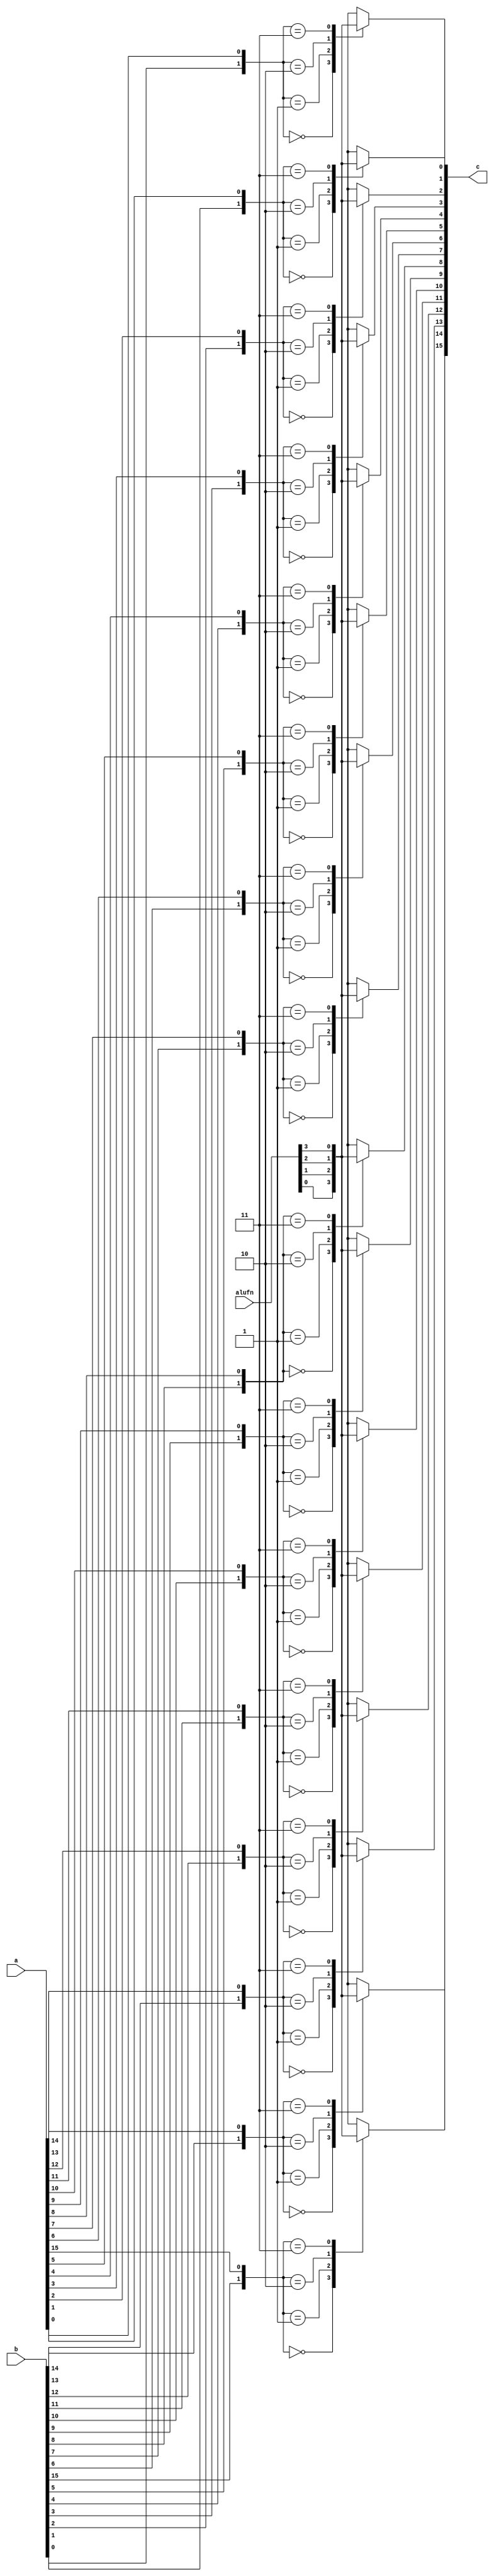
/*
   This file was generated automatically by the Mojo IDE version B1.3.6.
   Do not edit this file directly. Instead edit the original Lucid source.
   This is a temporary file and any changes made to it will be destroyed.
*/

module boole_40 (
    input [5:0] alufn,
    input [15:0] a,
    input [15:0] b,
    output reg [15:0] c
  );
  
  
  
  integer n;
  
  integer in;
  
  always @* begin
    c = 16'h0000;
    for (n = 1'h0; n < 5'h10; n = n + 1) begin
      in = {b[(n)*1+0-:1], a[(n)*1+0-:1]};
      
      case (in)
        2'h0: begin
          c[(n)*1+0-:1] = alufn[0+0-:1];
        end
        2'h1: begin
          c[(n)*1+0-:1] = alufn[1+0-:1];
        end
        2'h2: begin
          c[(n)*1+0-:1] = alufn[2+0-:1];
        end
        2'h3: begin
          c[(n)*1+0-:1] = alufn[3+0-:1];
        end
      endcase
    end
  end
endmodule